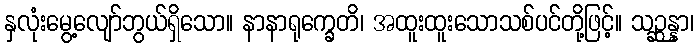
နှလုံးမွေ့လျော်ဘွယ်ရှိသော။ နာနာရုက္ခေတိ၊ အထူးထူးသောသစ်ပင်တို့ဖြင့်။ သဉ္ဆန္နာ၊